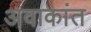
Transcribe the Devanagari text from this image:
अवाकांत